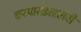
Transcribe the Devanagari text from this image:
कम्पासइतालवी